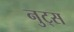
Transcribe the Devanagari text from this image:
नुट्स